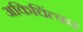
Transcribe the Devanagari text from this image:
अकिचिंत्कर